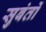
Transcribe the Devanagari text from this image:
सुबंतों